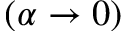
( \alpha \to 0 )